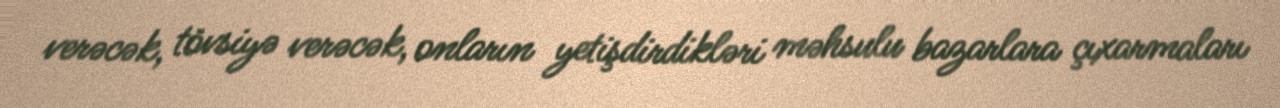
verəcək, tövsiyə verəcək, onların yetişdirdikləri məhsulu bazarlara çıxarmaları